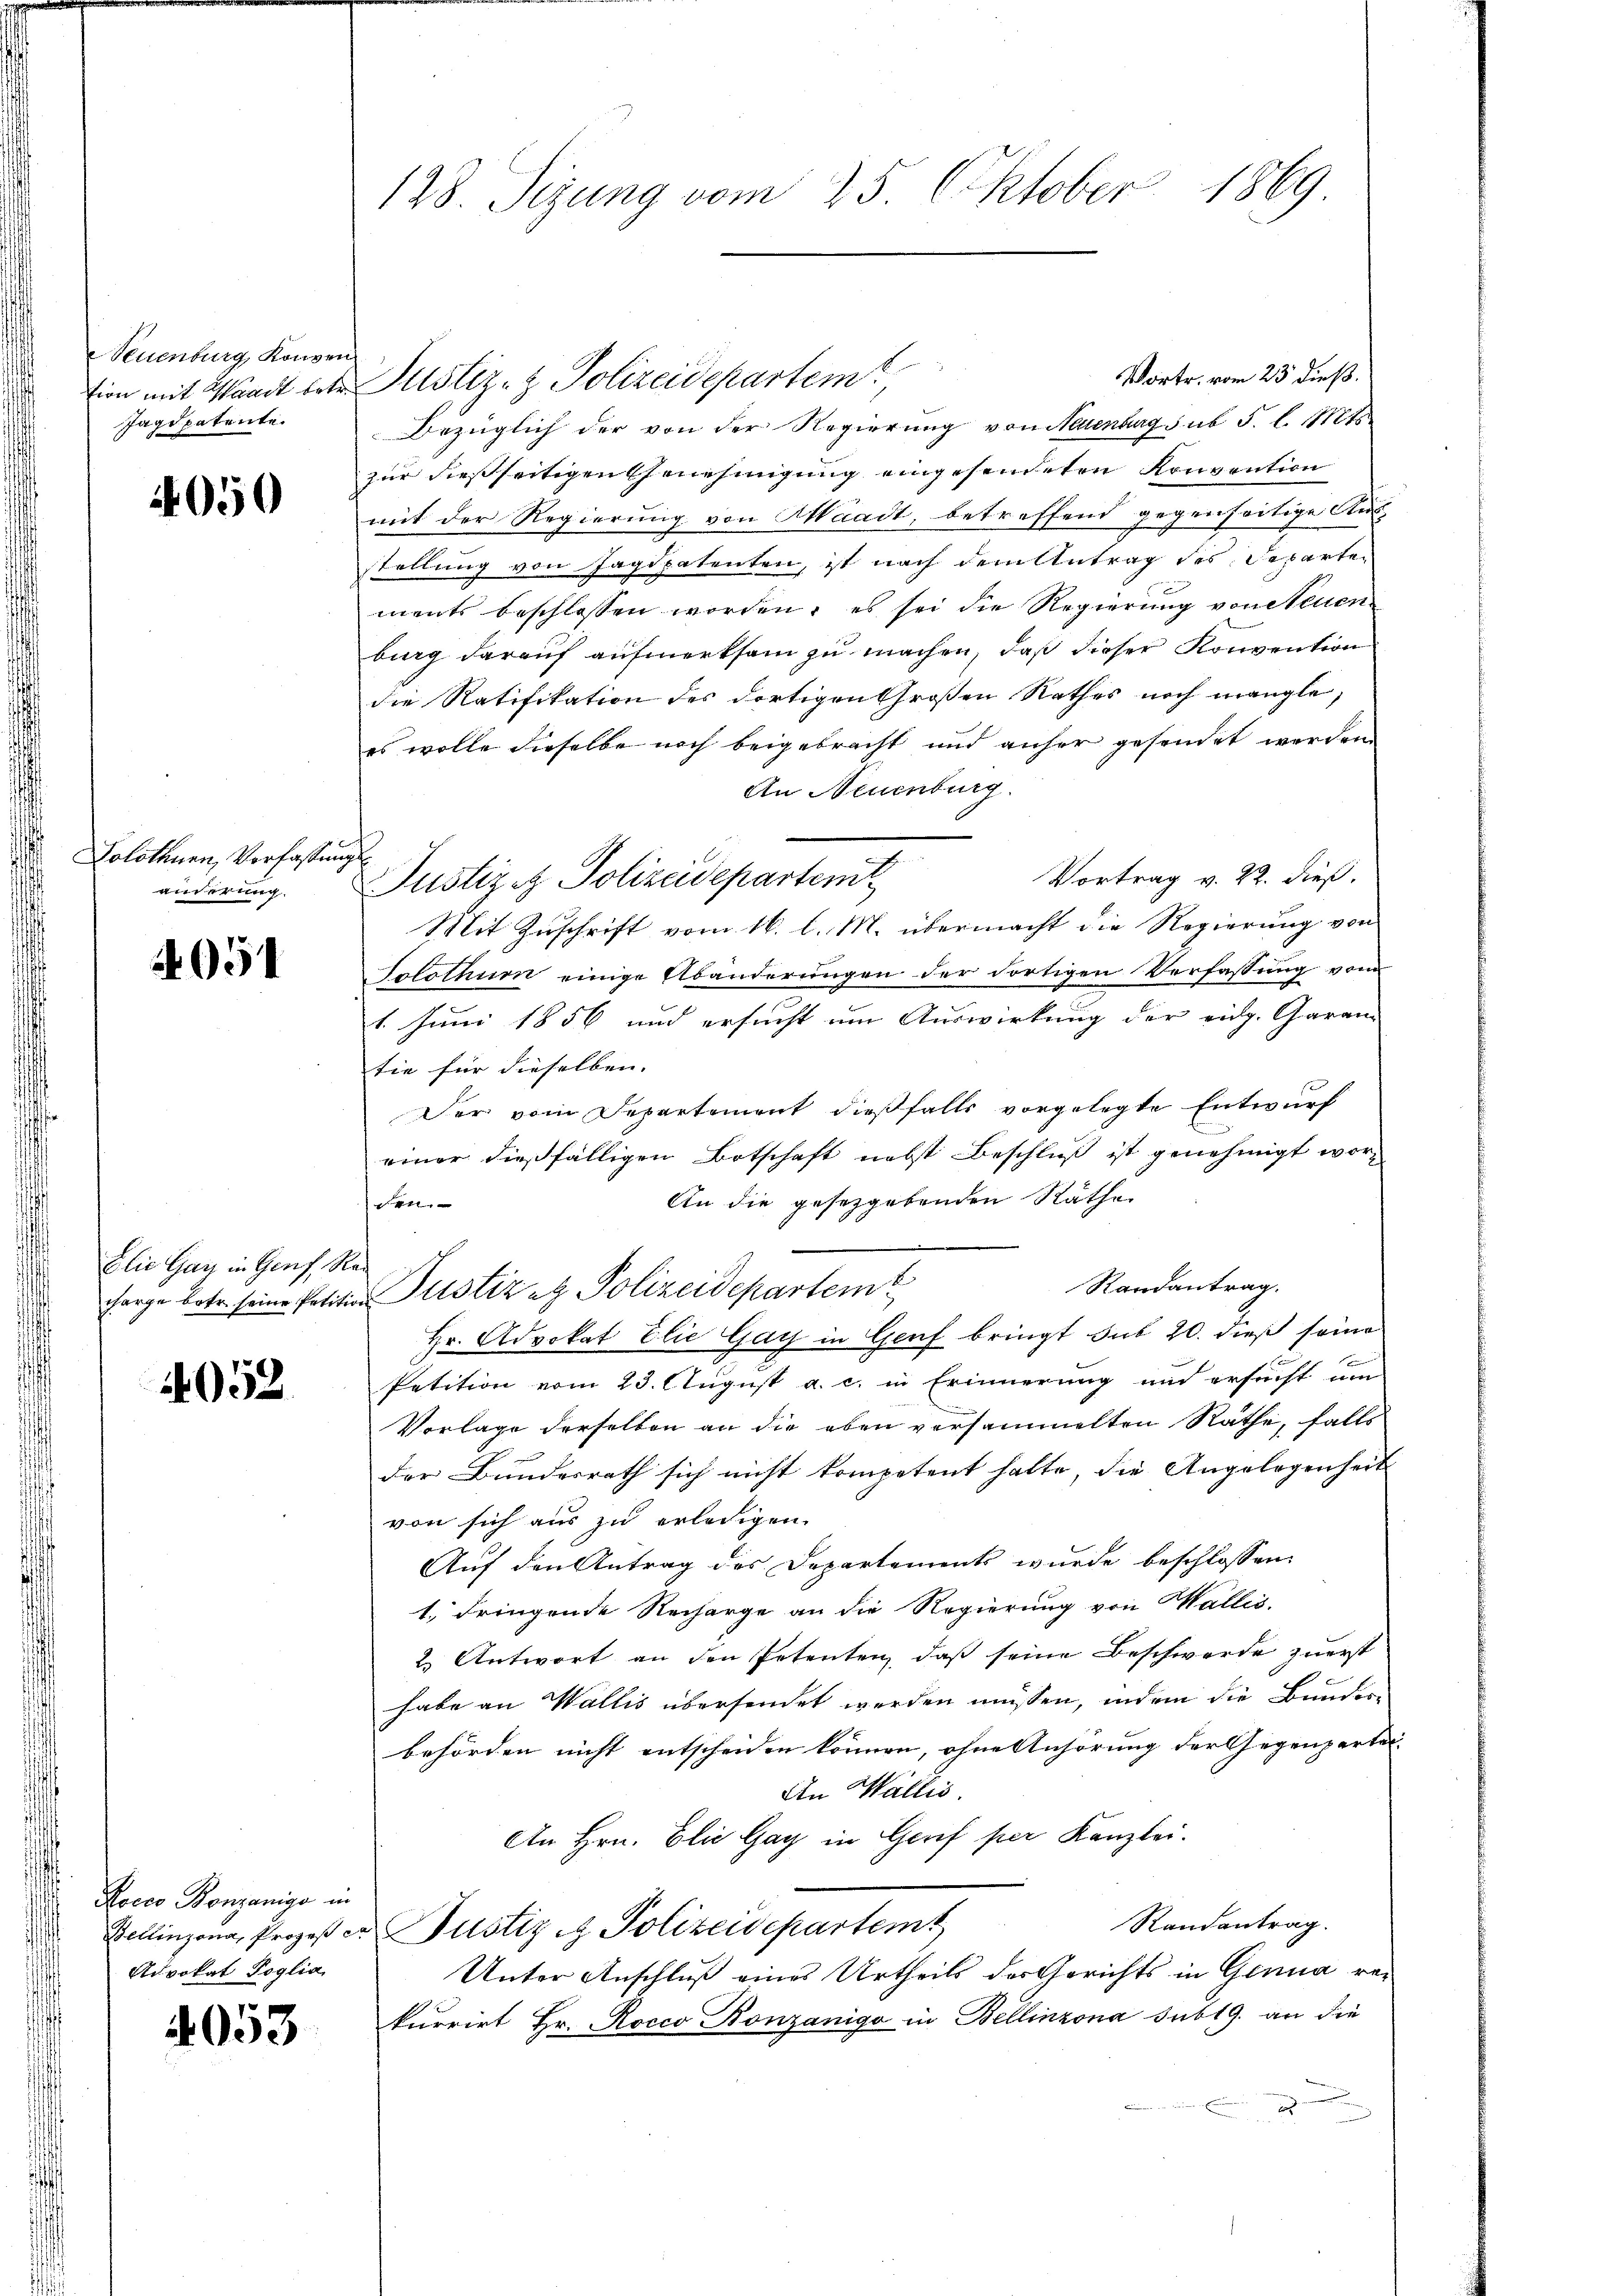
Neuenburg, Konven
tion mit Waadt betr.
Jagdpatente.

4050

Solothurn, Verfassung
änderung.

4051

Elie Gau in Genf, Re

4052

Rocco Bonzanigo in
Advokat Poglia,

4053

128. Sizung vom 25. Oktober 1869

Vortr. vom 23 dieß.
Justiz- & Polizeidepartem
Bezüglich der von der Regierung von Stellenbarg sub 5. l. Mts.
zur dießseitigen Genehmigung eingesendeten Konvention
mit der Regierung von Waadt, betreffend gegenseitige Aus-
stellung von Jagdpatenten, ist nach dem Antrag des Departen
ments beschlossen worden; es sei die Regierung von Neuen
burg darauf aufmerksam zu machen, daß dieser Konvention
die Ratifikation des dortigen Großen Rathes noch mangle,
es wolle dieselbe noch beigebracht und anher gesendet werden.
An Neuenburg.
Vortrag v. 22. dieß.
Justiz & Polizeidepartent
Mit Zuschrift vom 16. l. M. übermacht die Regierung von
Solothurn einige Abänderungen der dortigen Verfassung vom
1. Juni 1856 und ersucht um Auswirkung der eidg. Garan-
tie für dieselben. |
Der vom Departement dießfalls vorgelegte Entwurf
einer dießfälligen Botschaft nebst Beschluß ist genehmigt wor¬
An die gesetzgebenden Räthe
den.
Randantrag.
Farge betr. seine Petition Pustiz etz. Polizeidepartem
Hr. Advokat Elie Gay in Genf bringt sub 20. dieß seine
Petition vom 23. August a. c. in Erinnerung und ersucht um
Vorlage derselben an die eben versammelten Räthe, falls
der Bundesrath sich nicht kompetent hatte, die Angelegenheit |
von sich aus zu erledigen.
Auf den Antrag des Departements wurde beschlossen:
1., dringende Recharge an die Regierung von Wallis,
2. Antwort an den Petenten, daß seine Beschwerde zuerst
habe an Wallis übersendet werden müssen, indem die Bundern
behörden nicht entscheiden können, ohne Anhörung der Gegenpartel- |
An Wallis.
An Hrn. Elic Gay in Gerif per Kanzlei.
Randantrag.
Bellinzona, Prozeß er Justiz & Polizeidepartemt
Unter Anschluß eines Urtheils des Gerichts in Genua rekurrirt Hr. Rocco Bonzanigo in Bellinzona sub 19. an die